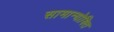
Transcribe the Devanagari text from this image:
सामान्योक्ति